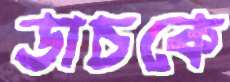
ডাচকে